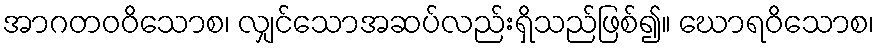
အာဂတဝဝိသောစ၊ လျှင်သောအဆပ်လည်းရှိသည်ဖြစ်၍။ ဃောရဝိသောစ၊